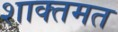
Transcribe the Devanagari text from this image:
शाक्तमत